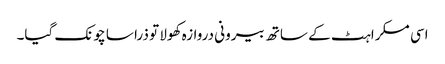
اسی مسکراہٹ کے ساتھ بیرونی دروازہ کھولا تو ذرا سا چونک گیا۔